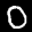
Label: 0